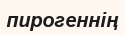
пирогеннің